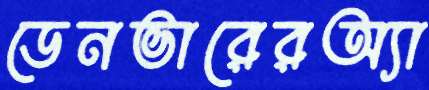
ডেনভারেরঅ্যা